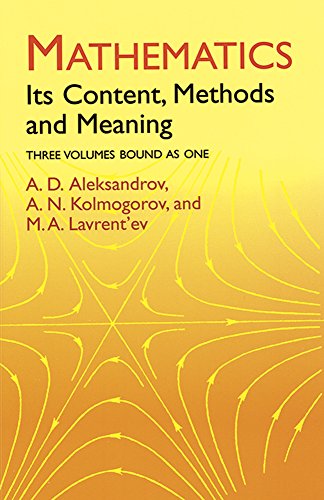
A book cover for Mathematics: Its Content, Methods and Meaning (Dover Books on Mathematics); A. D. Aleksandrov; Science & Math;